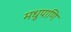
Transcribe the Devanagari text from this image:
मधुपाणि